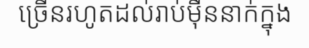
ច្រើនរហូតដល់រាប់ម៉ឺននាក់ក្នុង